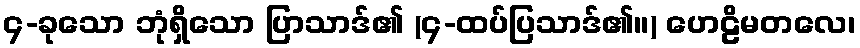
၄-ခုသော ဘုံရှိသော ပြာသာဒ်၏ (၄-ထပ်ပြသာဒ်၏။) ဟေဠိမတလေ၊